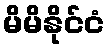
မိမိနိုင်ငံ